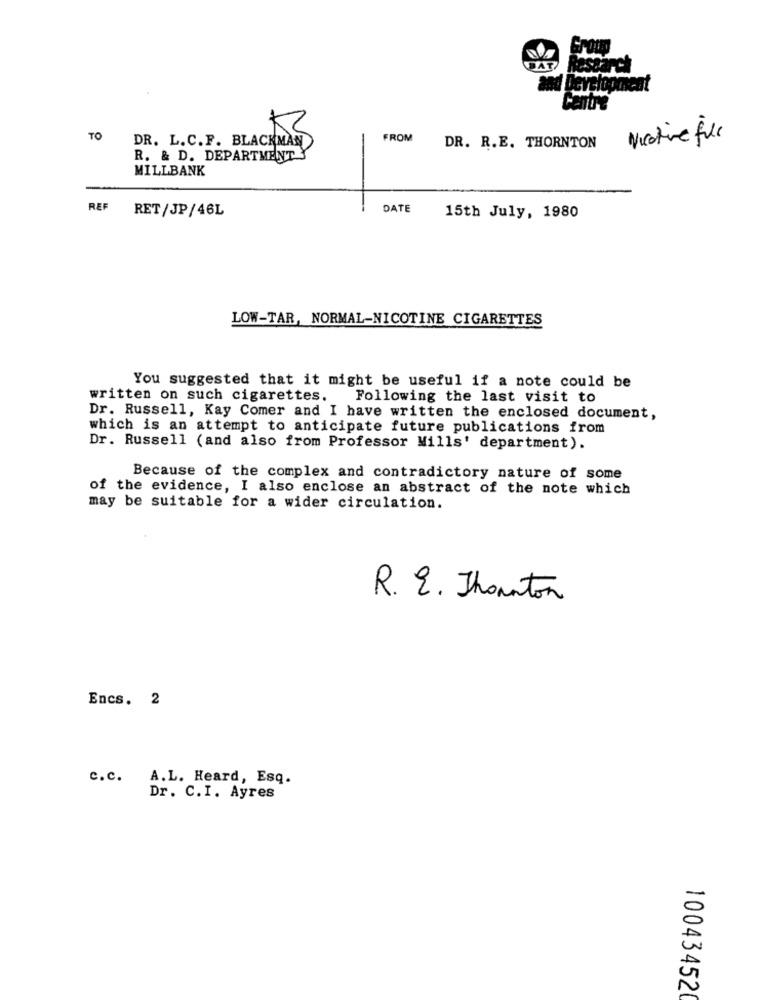
Development
TO
FROM
Nictive full
DR. L.C.F. BLACKMAN
DR. R.E. THORNTON
R. & D. DEPARTMENT
MILLBANK
DATE
REF RET/JP/46L
15th July, 1980
LOW-TAR, NORMAL-NICOTINE CIGARETTES
You suggested that it might be useful if a note could be
written on such cigarettes.
Following the last visit to
Dr. Russell, Kay Comer and I have written the enclosed document,
which is an attempt to anticipate future publications from
Dr. Russell (and also from Professor Mills' department).
Because of the complex and contradictory nature of some
of the evidence, I also enclose an abstract of the note which
may be suitable for a wider circulation.
R. E. Thornton
Encs. 2
c.c. A.L. Heard, Esq.
Dr. C.I. Ayres
10043452